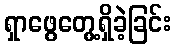
ရှာဖွေတွေ့ရှိခဲ့ခြင်း